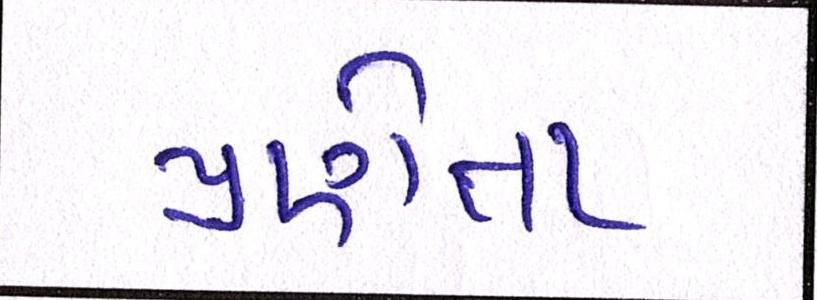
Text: પ્રણેતા